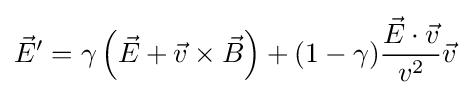
{\vec {E}}'=\gamma \left({\vec {E}}+{\vec {v}}\times {\vec {B}}\right)+(1-\gamma ){\frac {{\vec {E}}\cdot {\vec {v}}}{v^{2}}}{\vec {v}}